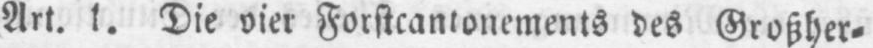
Art. 1. Die vier Forstcantonements des Großher⸗